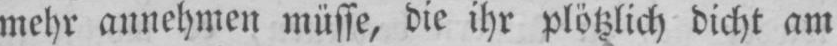
mehr annehmen müsse, die ihr plötzlich dicht am